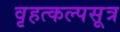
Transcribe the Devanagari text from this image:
वृहत्कल्पसूत्र